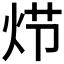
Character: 𰞍